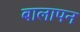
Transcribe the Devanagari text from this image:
बालापन